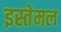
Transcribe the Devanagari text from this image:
इस्तेमल